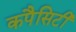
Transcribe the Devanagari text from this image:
कपैसिटी